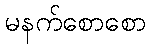
မနက်စောစော